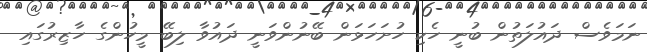
ނަމަވެސް ދައުލަތުން ބުނީ ހެކި ހުށަހަޅަން ބޭނުންވަނީ ދައުވާ ލިބޭ މީހުންގެ ހާޒިރުގައި